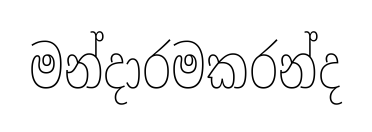
මන්දාරමකරන්ද